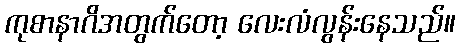
ကုစာနာဂိအတွက်တော့ လေးလံလွန်းနေသည်။